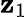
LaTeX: \mathbf{z}_{1}